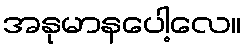
အနုမာနပေါ့လေ။